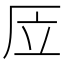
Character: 㕇